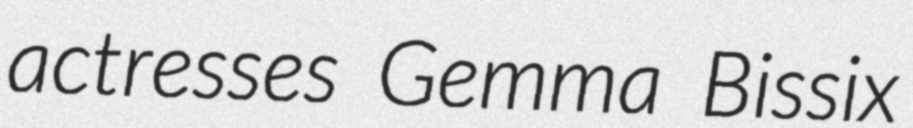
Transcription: actresses Gemma Bissix